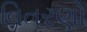
વિતરણો